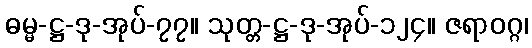
ဓမ္မ-ဋ္ဌ-ဒု-အုပ်-၇၇။ သုတ္တ-ဋ္ဌ-ဒု-အုပ်-၁၂၄။ ဇရာဝဂ္ဂ၊